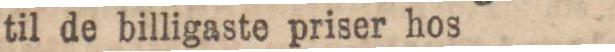
til de billigaste priser hos